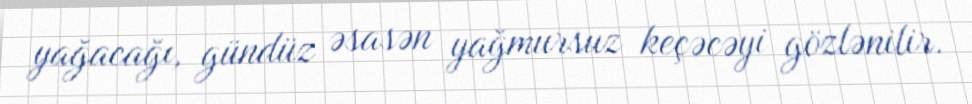
yağacağı, gündüz əsasən yağmursuz keçəcəyi gözlənilir.